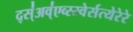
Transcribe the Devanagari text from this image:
द्स्॑अव्॑एव्स्स्वेर्सत्येरेरे